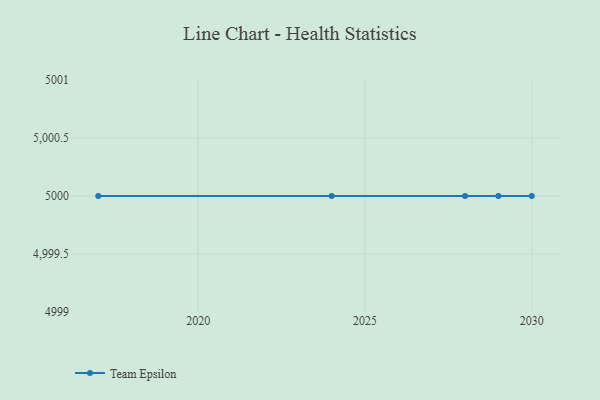
{"axis": {"x": "Year", "y": "Revenue (USD Million)"}, "legend": ["Team Epsilon"], "data": [{"x": "2029", "y": 5000, "type": "Team Epsilon"}, {"x": "2028", "y": 5000, "type": "Team Epsilon"}, {"x": "2024", "y": 5000, "type": "Team Epsilon"}, {"x": "2030", "y": 5000, "type": "Team Epsilon"}, {"x": "2017", "y": 5000, "type": "Team Epsilon"}]}